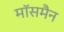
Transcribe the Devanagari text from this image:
मॉसमैन